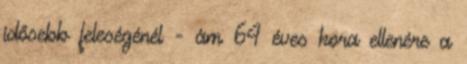
idősebb feleségénél - ám 64 éves kora ellenére a